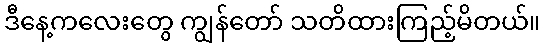
ဒီနေ့ကလေးတွေ ကျွန်တော် သတိထားကြည့်မိတယ်။